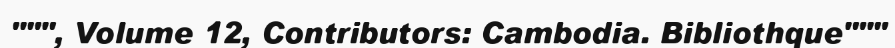
""", Volume 12, Contributors: Cambodia. Bibliothque"""